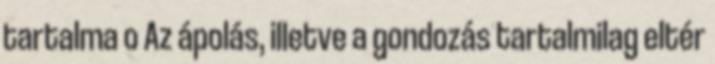
tartalma o Az ápolás, illetve a gondozás tartalmilag eltér